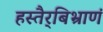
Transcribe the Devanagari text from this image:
हस्तैर्‌बिभ्राणं